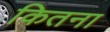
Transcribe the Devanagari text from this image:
कितना